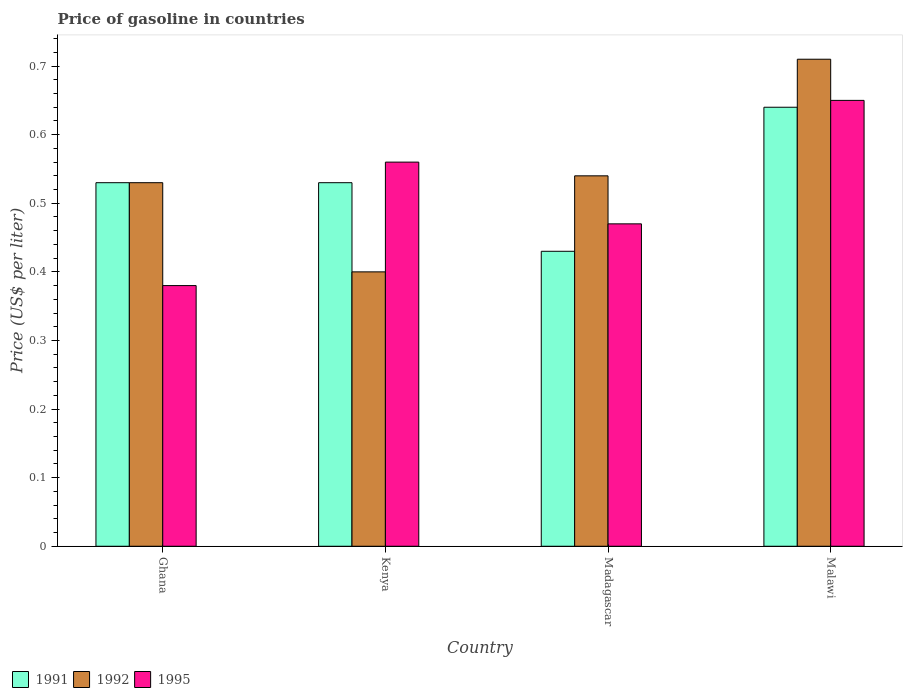
| Country | 1991 | 1992 | 1995 |
 | --- | --- | --- | --- |
 | Ghana | 0.53 | 0.53 | 0.38 |
 | Kenya | 0.53 | 0.4 | 0.56 |
 | Madagascar | 0.43 | 0.54 | 0.47 |
 | Malawi | 0.64 | 0.71 | 0.65 |